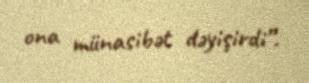
ona münasibət dəyişirdi”.